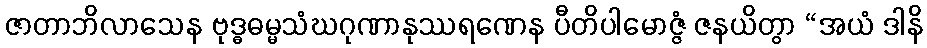
ဇာတာဘိလာသေန ဗုဒ္ဓဓမ္မသံဃဂုဏာနုဿရဏေန ပီတိပါမောဇ္ဇံ ဇနယိတွာ “အယံ ဒါနိ